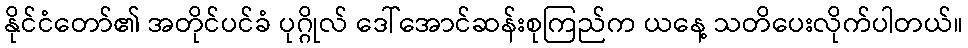
နိုင်ငံတော်၏ အတိုင်ပင်ခံ ပုဂ္ဂိုလ် ဒေါ်အောင်ဆန်းစုကြည်က ယနေ့ သတိပေးလိုက်ပါတယ်။